Papers set at the Examination for Leaving Certificates, 1893
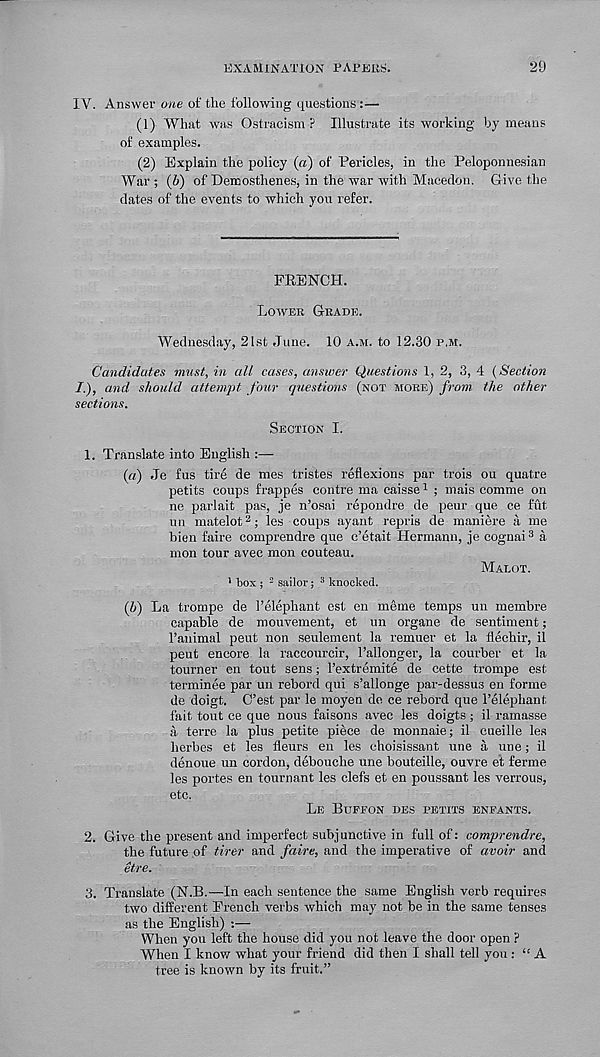
EXAMINATION PAPERS.
29
IV. Answer one of the following questions :—
(1) What was Ostracism ? Illustrate its working by means
of examples.
(2) Explain the policy (a) of Pericles, in the Peloponnesian
War; (i) of Demosthenes, in the war with Macedon. Give the
dates of the events to which you refer.
FRENCH.
LOWER GRADE.
Wednesday, 21st June. 10 A.M. to 12.30 P.M.
Candidates must, in all cases, answer Questions 1, 2, 3, 4 (Section
/.), and should attempt four questions (NOT MORE) from the other
sections.
SECTION I.
1. Translate into English :—
(«) Je fus tire de mes tristes reflexions par trois ou quatre
petits coups frappes centre ma caisse 1 ; mais comme on
ne parlait pas, je n’osai repondre de peur que ce fut
un matelot 2 ; les coups ayant repris de maniere a me
bien faire comprendre que e’etait Hermann, je cognai 3 a
mon tour avec mon couteau.
MALOT.
1 box ; 2 sailor; 3 knocked.
(b) La trompe de I’elephant est en meme temps un membre
capable de mouvement, et un organe de sentiment;
I’animal peut non seulement la remuer et la flechir, il
peut encore la raccourcir, Pallonger, la courber et la
tourner en tout sens; 1’extremite de cette trompe est
terminee par un rebord qui s’allonge par-dessus en forme
de doigt. C’est par le moyen de ce rebord que I’elephant,
fait tout ce que nous faisons avec les doigts ; il ramasse
a terre la plus petite piece de monnaie; il cueille les
herbes et les fleurs en les choisissant une a une; il
denoue un cordon, debouche une bouteille, ouvre ef ferme
les portes en tournant les clefs et en poussant les verrous,
etc.
LE BUFFON DES PETITS ENFANTS.
2. Give the present and imperfect subjunctive in full of: comprendre,
the future of tirer and faire, and the imperative of avoir and
etre.
3. Translate (N.B.—In each sentence the same English verb requires
two different French verbs which may not be in the same tenses
as the English) •. ■—
When you left the house did you not leave the door open ?
When I know what your friend did then I shall tell you : “ A
tree is known by its fruit.”